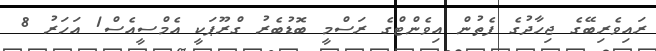
ރައިވެރިބޭގެ ޖިހާދުގެ ފެތުން އިވެންޓްގެ ރަސްމީ ބޮޑުބެރު ގްރޫޕަކީ އެމްސީއެސް1 އަހަރު 8